Lunatic asylums Burma 1907-21 - 1907-1921
Year: 1907
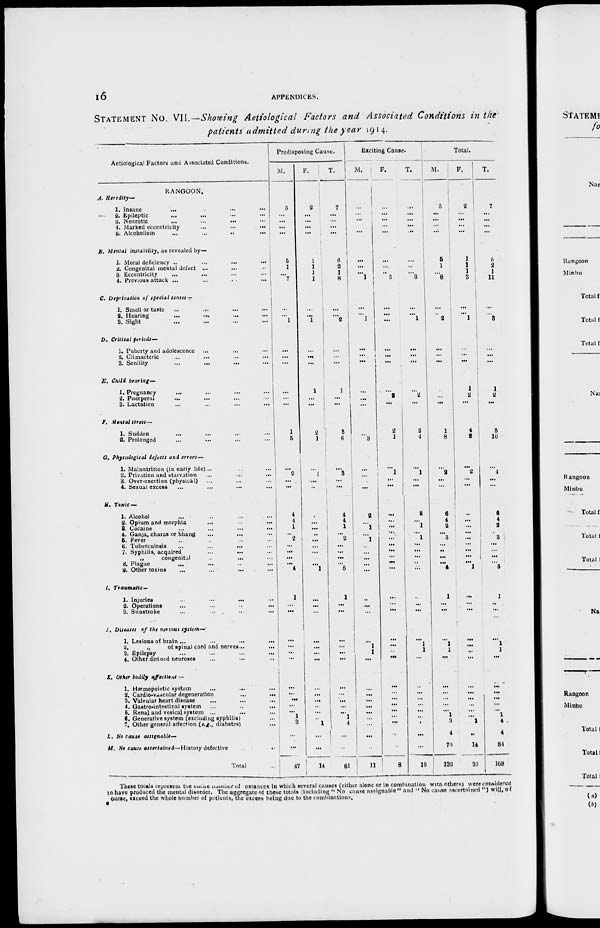
16
APPENDICES.
STATEMENT No. VII.—Showing Aetiological Factors and Associated Conditions in the
patients admitted during the year 1914.
Aetiological Factors and Associated Conditions.
RANGOON.
A. Heredity—
1. Insane
... ... ... ...
2. Epileptic ... ... ... ...
3. Neurotic
...
...
... ...
4. Marked eccentricity
...
...
...
5. Alcoholism
...
...
...
...
B. Mental instability, as revealed by—
1. Moral deficiency ...
...
...
...
2. Congenital mental defect ...
... ...
3. Eccentricity
...
...
...
...
4. Previous attack ...
...
...
...
C. Deprivation of special senses—
1. Smell or taste ... ... ...
2. Hearing
...
...
...
...
3. Sight ... ... ... ...
D. Critical periods—
1. Puberty and adolescence ... ... ...
2. Climacteric ... ... ... ...
3. Senility ... ... ... ...
E. Child bearing—
1. Pregnancy ... ... ... ...
2. Puerperal ... ... ... ...
3. Lactation ... ... ... ...
F. Mental stress—
1. Sudden ... ... ... ...
2. Prolonged ... ... ... ...
G. Physiological defects and errors—
1. Malnutrition (in early life)...
... ...
2. Privation and starvation
...
...
...
3. Over-exertion (physical) ...
...
...
4. Sexual excess
...
...
...
...
H. Toxic —
1. Alcohol ... ... ... ...
2. Opium and morphia
... ... ...
3. Cocaine
...
...
...
...
4. Ganja, charas or bhang
... ... ...
5. Fever ... ... ... ...
6. Tuberculosis
...
...
...
7. Syphilis, acquired
... ...
...
„
congenital
... ... ...
8. Plague ... ... ... ...
9. Other toxins ... ... ... ...
I. Traumatic—
1. Injuries
...
...
... ...
2. Operations ... ... ... ...
3. Sunstroke ... ... ... ...
J. Diseases of the nervous system—
1. Lesions of brain ...
...
...
...
2.
„
of spinal cord and nerves... ...
3. Epilepsy ... ... ... ...
4. Other defined neuroses ... ... ...
K. Other bodily affections—
1. Hæmopoietic system ... ... ...
2. Cardio-vascular degeneration
...
...
3. Valvular heart disease ... ... ...
4. Gastro-intestinal system
... ...
...
5. Renal and vesical system ... ... ...
6. Generative system (excluding syphilis) ...
7. Other general affection (e.g., diabetes) ...
L. No cause assignable—
M. No cause ascertained— History defective ... ...
Total ...
Predisposing Cause.
M.
5
...
...
...
...
5
1
...
7
...
...
1
...
...
...
...
...
...
1
5
...
2
...
...
4
4
1
...
2
...
...
...
...
4
1
...
...
...
...
...
...
...
...
...
...
...
1
3
...
...
47
F.
2
...
...
...
...
1
1
1
1
...
...
1
...
...
...
1
...
...
2 1
...
1
...
...
...
...
...
...
...
...
...
...
...
1
...
...
...
...
...
...
...
...
...
...
...
...
...
1
...
...
14
T.
7
...
...
...
...
6
2
1
8
...
...
2
...
...
...
1
...
...
3
6
...
3
...
...
4
4
1
...
2
...
...
...
...
5
1
...
...
...
...
...
...
...
...
...
...
...
1
4
...
...
61
Exciting Cause.
M.
...
...
...
...
...
...
...
...
1
...
...
1
...
...
...
...
...
...
...
3
...
...
...
...
2
...
1
...
1
...
...
...
...
...
...
...
...
...
1
1
...
...
...
...
...
...
...
...
...
...
11
F.
...
...
...
...
...
...
...
...
2
...
...
...
...
...
...
...
2
...
2
1
...
1
...
...
...
...
...
...
...
...
...
...
...
...
...
...
...
...
...
...
...
...
...
...
...
...
...
...
...
...
8
T.
...
...
...
...
...
...
...
...
3
...
...
1
...
...
...
...
2
...
2
4
...
1
...
...
2
...
1
...
1
...
...
...
...
...
...
...
...
...
1
1
...
...
...
...
...
...
...
...
...
...
19
Total.
M.
5
...
...
...
...
5
1
...
8
...
...
2
...
...
...
...
...
...
1
8
...
2
...
...
6
4
2
...
3
...
...
...
...
4
1
...
...
...
1
1
...
...
...
...
...
...
1
3
4
70
132
F.
2
...
...
...
...
1
1
1
3
...
...
1
...
...
...
1
2
...
4 2
...
2
...
...
...
...
...
...
...
...
...
...
...
1
...
...
...
...
...
...
...
...
...
...
...
...
...
1
...
14
36
T.
7
...
...
...
...
6
2
1
11
...
...
3
...
...
...
1
2
...
5
10
...
4
...
...
6
4
2
... 3
...
...
...
...
5
1
...
...
...
1
1
...
...
...
...
...
...
1
4
4
84
168
These totals represent the entire number of instances in which several causes (either alone or in combination with others) were considered
to have produced the mental disorder. The aggregate of these totals (including " No cause assignable " and " No cause ascertained " ) will, of
course, exceed the whole number of patients, the excess being due to the combinations.